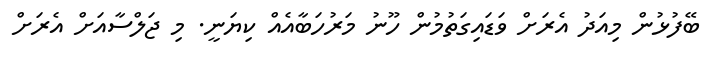
ބޭފުޅުން މިއަދު އެރަށް ވަޑައިގަތުމުން ހޫނު މަރުހަބާއެއް ކިޔަނީ. މި ޖަލްސާއަށް އެރަށް